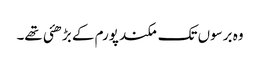
وہ برسوں تک مکند پورم کے بڑھئی تھے۔